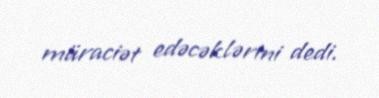
müraciət edəcəklərini dedi.